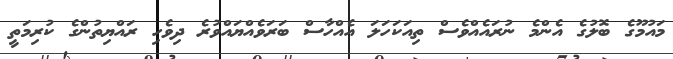
މައުމޫގެ ބޮލުގެ އެންމެ ނުރައެއްވެސް ތިއަކަހަލަ އެއްހާސް ބަރަވެއްޔައްވުރެ ދިވެހި ރައްޔިތުންގެ ކުރިމަތީ